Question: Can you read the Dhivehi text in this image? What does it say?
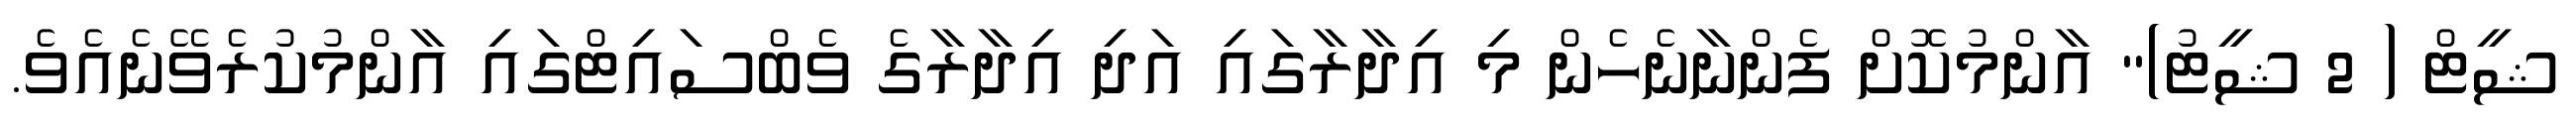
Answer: ޝީޓް ( 2 ޝީޓު)" އާންމުކޮށް ފެންނާނެހެން މި އިދާރާގައި އަދި އިދާރާގެ ވެބްސައިޓްގައި އާންމުކުރެވޭނެއެވެ.